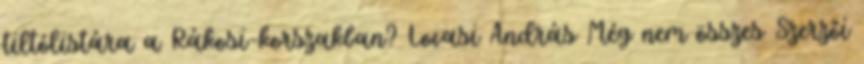
tiltólistára a Rákosi-korszakban? Lovasi András Még nem összes Szerzői